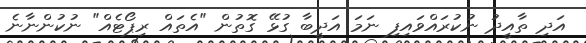
އަދި ތާއީދު ނުކުރައްވައިފި ނަމަ އަދީބާ ގުޅޭ ގޮތުން "އެތައް ރިޕޯޓެއް" ނުކުންނާނެ